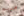
مبهم